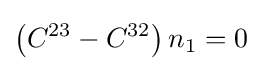
\left(C^{23}-C^{32}\right)n_{1}=0